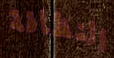
النظافة